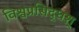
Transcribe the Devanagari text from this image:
विश्वप्रसिद्धश्